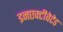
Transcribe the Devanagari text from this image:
इनएक्टीवेटेड